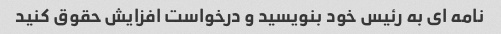
نامه ای به رئیس خود بنویسید و درخواست افزایش حقوق کنید